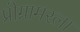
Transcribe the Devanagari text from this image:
प्रोग्रामरला